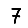
Digit: 7